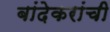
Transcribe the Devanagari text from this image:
बांदेकरांची